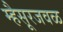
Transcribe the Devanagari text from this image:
म्हैसूरजवळ